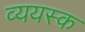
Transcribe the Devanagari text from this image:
व्ययस्क